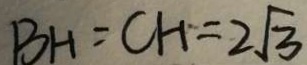
B H = C H = 2 \sqrt { 3 }